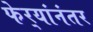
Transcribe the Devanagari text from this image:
फेर्‍यांनंतर